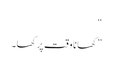
“
”کھانا وقت پر کھا۔